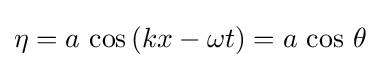
\eta =a\,\cos \,(kx-\omega t)=a\,\cos \,\theta